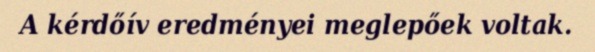
A kérdőív eredményei meglepőek voltak.